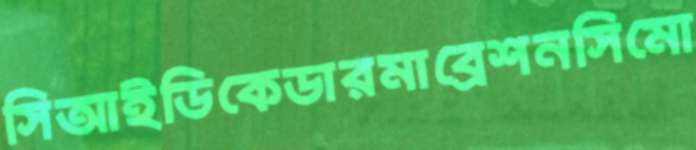
সিআইডিকেডারমাব্রেশনসিমো